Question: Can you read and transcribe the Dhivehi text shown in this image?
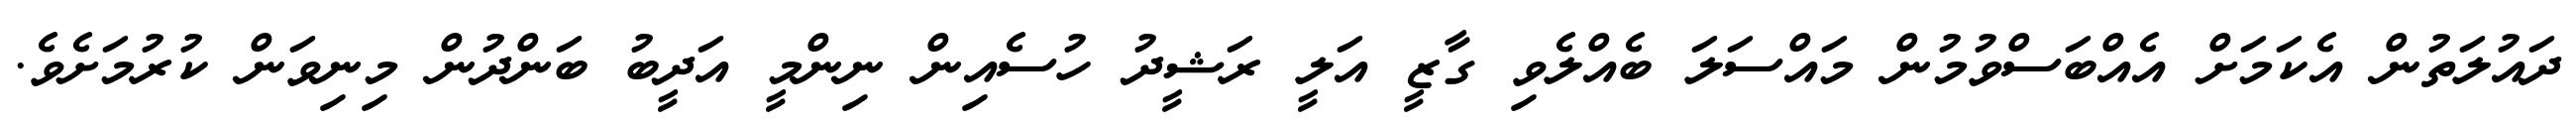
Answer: ދައުލަތުން އެކަމަށް އެއްބަސްވުމުން މައްސަލަ ބެއްލެވި ގާޒީ އަލީ ރަޝީދު ހުސެއިން ނިންމީ އަދީބު ބަންދުން މިނިވަން ކުރުމަށެވެ.